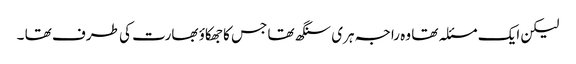
لیکن ایک مسئلہ تھا وہ راجہ ہری سنگھ تھا جس کا جھکاؤ بھارت کی طرف تھا ۔